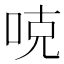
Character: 𠳭